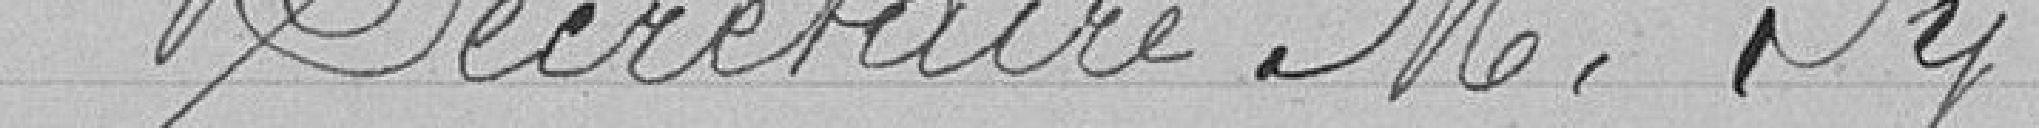
Secrétaire M.Py .